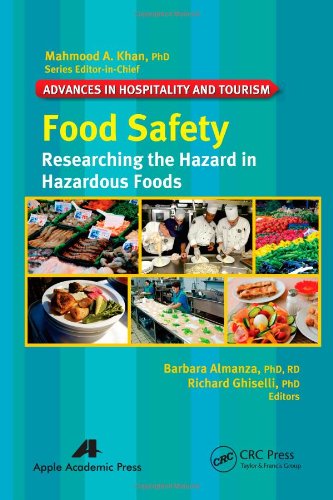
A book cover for Food Safety: Researching the Hazard in Hazardous Foods (Advances in Hospitality and Tourism); Business & Money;